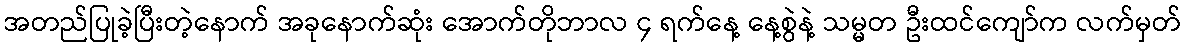
အတည်ပြုခဲ့ပြီးတဲ့နောက် အခုနောက်ဆုံး အောက်တိုဘာလ ၄ ရက်နေ့ နေ့စွဲနဲ့ သမ္မတ ဦးထင်ကျော်က လက်မှတ်